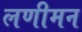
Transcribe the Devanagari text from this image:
लणीमन